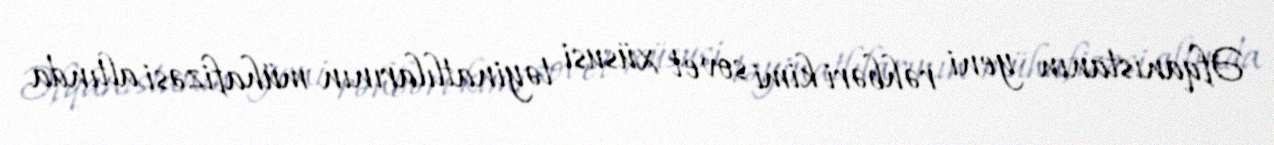
Əfqanıstanın yeni rəhbəri kimi sovet xüsusi təyinatlılarının mühafizəsi altında